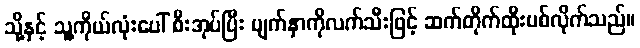
သို့နှင့် သူ့ကိုယ်လုံးပေါ် စီးအုပ်ပြီး မျက်နှာကိုလက်သီးဖြင့် ဆက်တိုက်ထိုးပစ်လိုက်သည်။